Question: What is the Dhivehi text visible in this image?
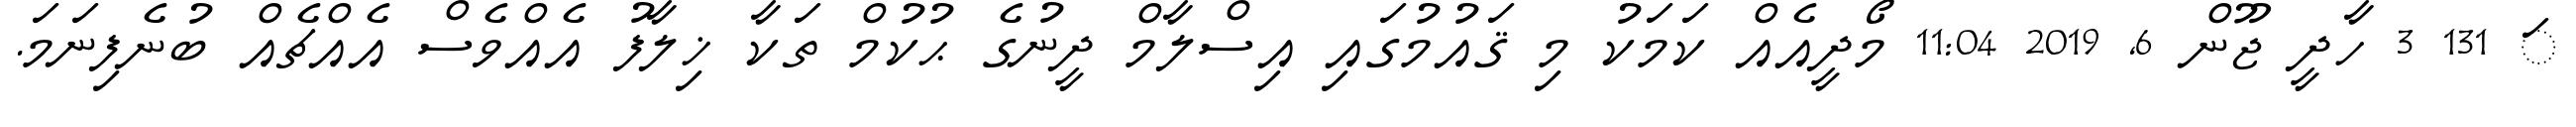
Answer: ަ 131 3 ހާދީ ޖޫން 6, 2019 11:04 މޯދީއެއް ކަމަކު މި ޤައުމުގައި އިސްލާމް ދީނުގެ ޙުކުމް ތަކާ ޚިލާފު އެއްވެސް އެއްޗެއް ބުނެފިނަމަ.